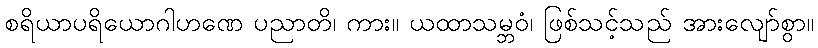
စရိယာပရိယောဂါဟဏေ ပညာတိ၊ ကား။ ယထာသမ္ဘဝံ၊ ဖြစ်သင့်သည် အားလျော်စွာ။